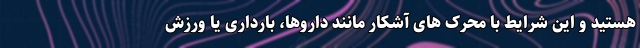
هستید و این شرایط با محرک های آشکار مانند داروها، بارداری یا ورزش